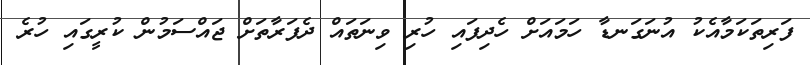
ފަރިތަކަމާއެކު އުނަގަނޑާ ހަމައަށް ހެދިފައި ހުރި ވިނަތައް ދެފަރާތަށް ޖައްސަމުން ކުރީގައި ހުރެ